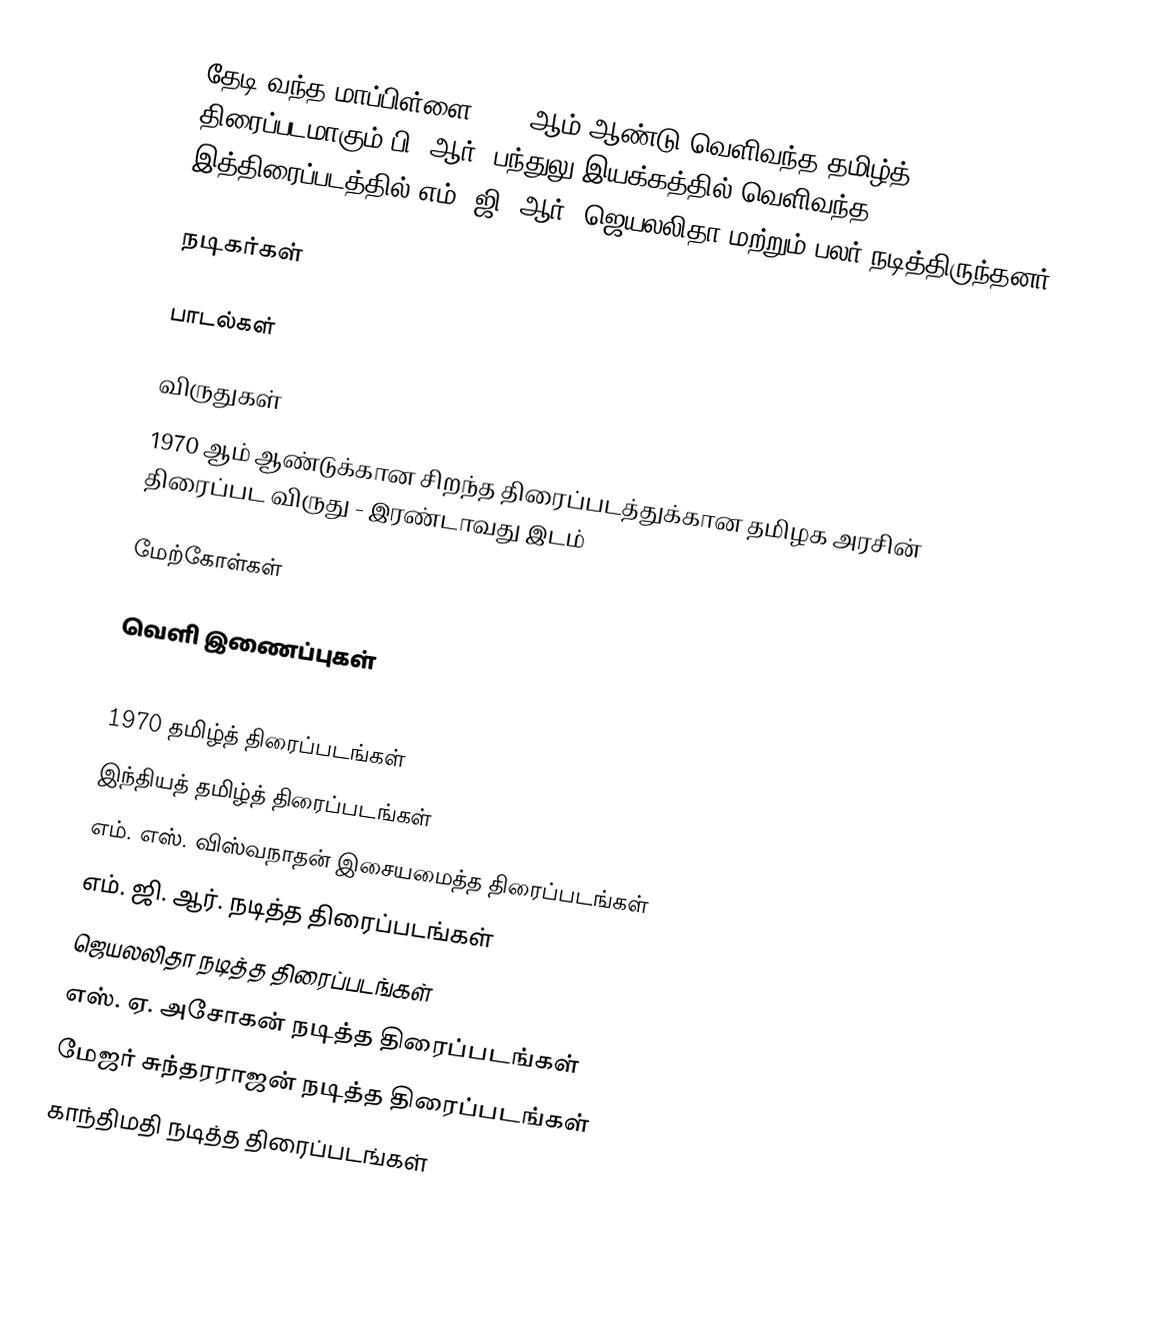
தேடி வந்த மாப்பிள்ளை 1970 ஆம் ஆண்டு வெளிவந்த தமிழ்த் திரைப்படமாகும்.பி. ஆர். பந்துலு இயக்கத்தில் வெளிவந்த இத்திரைப்படத்தில் எம். ஜி. ஆர், ஜெயலலிதா மற்றும் பலர் நடித்திருந்தனர்.

நடிகர்கள்

பாடல்கள்

விருதுகள்
 1970 ஆம் ஆண்டுக்கான சிறந்த திரைப்படத்துக்கான தமிழக அரசின் திரைப்பட விருது  - இரண்டாவது இடம்

மேற்கோள்கள்

வெளி இணைப்புகள்

1970 தமிழ்த் திரைப்படங்கள்
இந்தியத் தமிழ்த் திரைப்படங்கள்
எம். எஸ். விஸ்வநாதன் இசையமைத்த திரைப்படங்கள்
எம். ஜி. ஆர். நடித்த திரைப்படங்கள்
ஜெயலலிதா நடித்த திரைப்படங்கள்
எஸ். ஏ. அசோகன் நடித்த திரைப்படங்கள்
மேஜர் சுந்தரராஜன் நடித்த திரைப்படங்கள்
காந்திமதி நடித்த திரைப்படங்கள்